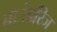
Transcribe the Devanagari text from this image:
बाउंडरिज